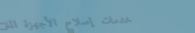
خدمات إصلاح الأجهزة المنز